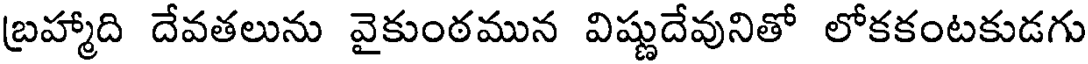
బ్రహ్మాది దేవతలును వైకుంఠమున విష్ణుదేవునితో లోకకంటకుడగు